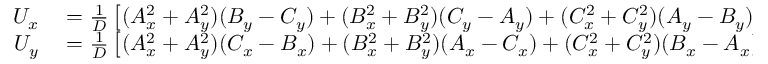
\begin{array} { r l } { U _ { x } } & { { } = { \frac { 1 } { D } } \left[ ( A _ { x } ^ { 2 } + A _ { y } ^ { 2 } ) ( B _ { y } - C _ { y } ) + ( B _ { x } ^ { 2 } + B _ { y } ^ { 2 } ) ( C _ { y } - A _ { y } ) + ( C _ { x } ^ { 2 } + C _ { y } ^ { 2 } ) ( A _ { y } - B _ { y } ) \right] } \\ { U _ { y } } & { { } = { \frac { 1 } { D } } \left[ ( A _ { x } ^ { 2 } + A _ { y } ^ { 2 } ) ( C _ { x } - B _ { x } ) + ( B _ { x } ^ { 2 } + B _ { y } ^ { 2 } ) ( A _ { x } - C _ { x } ) + ( C _ { x } ^ { 2 } + C _ { y } ^ { 2 } ) ( B _ { x } - A _ { x } ) \right] } \end{array}